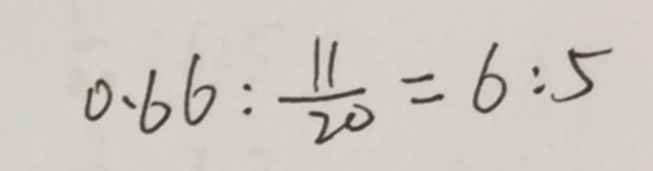
0 . 6 6 : \frac { 1 1 } { 2 0 } = 6 : 5